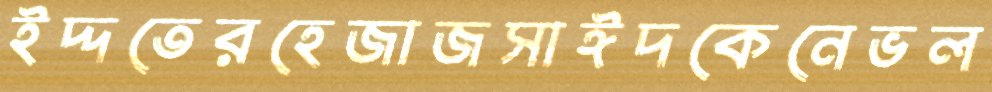
ইদ্দতেরহেজাজসাঈদকেনেভল